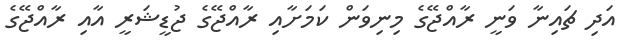
އަދި ޗައިނާ ވަނީ ރާއްޖޭގެ މިނިވަން ކަމަށާއި ރާއްޖޭގެ ޖުޑީޝަރީ އާއި ރާއްޖޭގެ